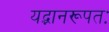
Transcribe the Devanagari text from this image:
यद्भानरूपतः